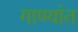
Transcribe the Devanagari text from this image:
गाण्यांत